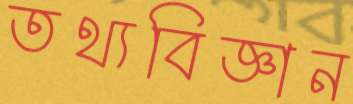
তথ্যবিজ্ঞান